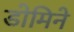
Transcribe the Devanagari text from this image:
डोमिने